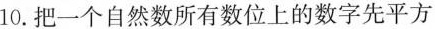
10.把一个自然数所有数位上的数字先平方